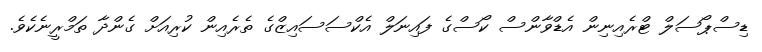
ޑިސްޕޯސަލް ޓްރެއިނިން އެޑްވާންސް ކޯސްގެ ފައިނަލް އެކްސަސައިޒްގެ ތެރެއިން ކުރިއަށް ގެންދާ ތަމްރީނެކެވެ.